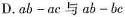
D.$$ab-ac$$与$$ab-bc$$